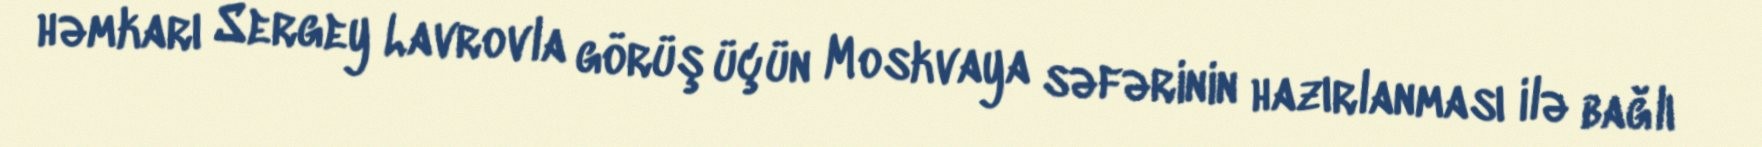
həmkarı Sergey Lavrovla görüş üçün Moskvaya səfərinin hazırlanması ilə bağlı